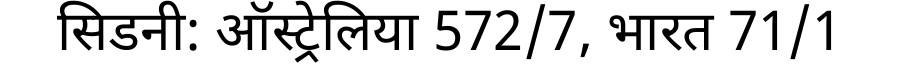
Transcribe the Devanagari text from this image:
सिडनी: ऑस्ट्रेलिया 572/7, भारत 71/1